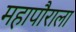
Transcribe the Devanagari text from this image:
महापौराला